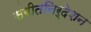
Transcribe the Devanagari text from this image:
संगीतनिर्देशन